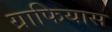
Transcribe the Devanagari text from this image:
ग्राफियास